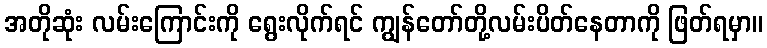
အတိုဆုံး လမ်းကြောင်းကို ရွေးလိုက်ရင် ကျွန်တော်တို့လမ်းပိတ်နေတာကို ဖြတ်ရမှာ။